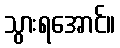
သွားရအောင်။